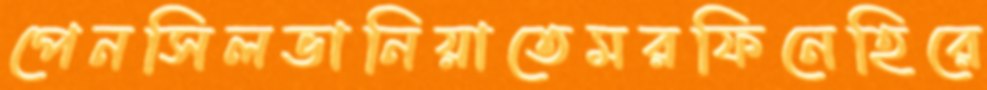
পেনসিলভানিয়াতেমরফিনেহিরে